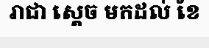
រាជា ស្តេច មកដល់ ខែ